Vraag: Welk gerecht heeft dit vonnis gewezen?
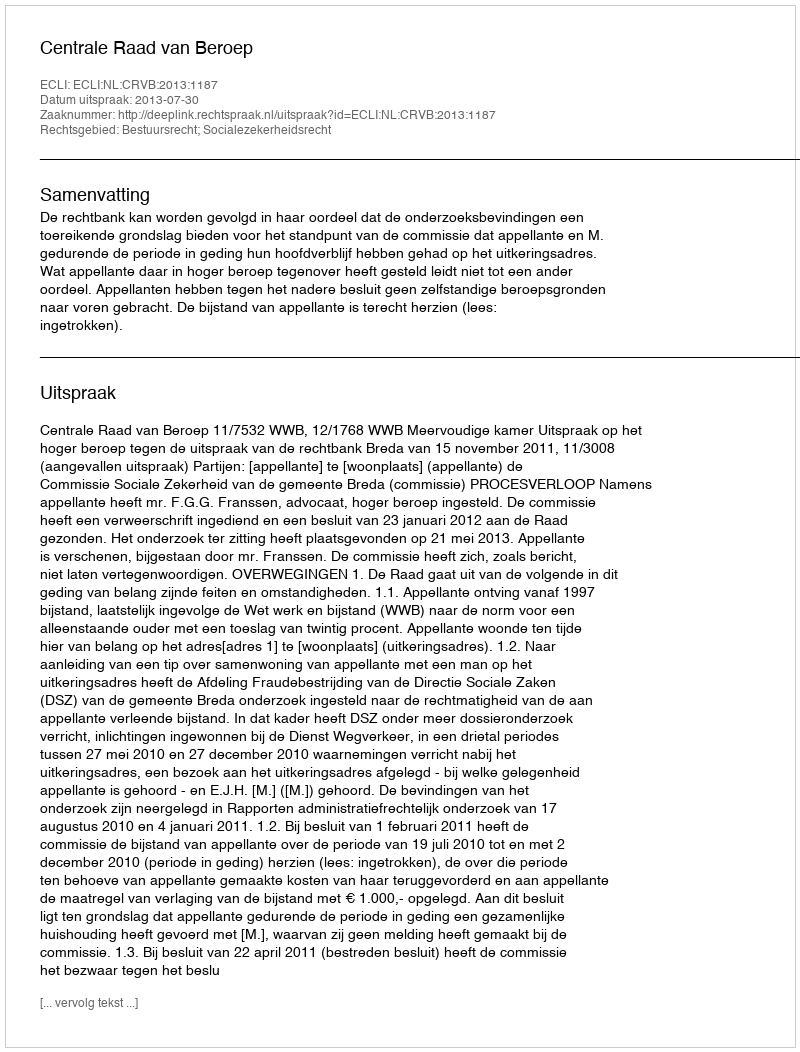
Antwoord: Centrale Raad van Beroep